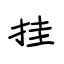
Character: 挂